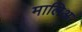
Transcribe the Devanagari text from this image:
मालिअ